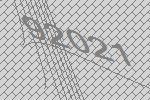
92021